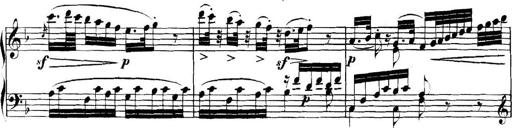
Title: Collected Piano Sonatas
Composer: Muzio Clementi